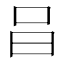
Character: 𠯭